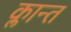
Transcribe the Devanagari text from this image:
क्लान्त